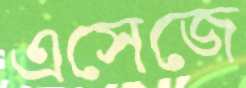
এসেজে